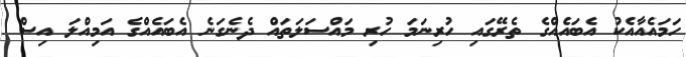
ހަމައެއާއެކު އެބައެއްގެ ތެރޭގައި ހުރިނަމަ ހުރި މައްސަލަތައް ދެނެގަނެ އެބައެއްގެ އަމިއްލަ އިސް